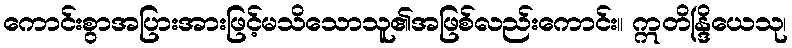
ကောင်းစွာအပြားအားဖြင့်မသိသောသူ၏အဖြစ်လည်းကောင်း။ ဣတိန္ဒြိယေသု၊